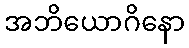
အဘိယောဂိနော